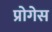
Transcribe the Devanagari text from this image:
प्रोगेस